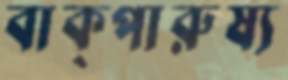
বাক্‌পারুষ্য